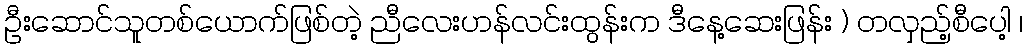
ဦးဆောင်သူတစ်ယောက်ဖြစ်တဲ့ ညီလေးဟန်လင်းထွန်းက ဒီနေ့ဆေးဖြန်း ) တလှည့်စီပေါ့ ၊